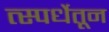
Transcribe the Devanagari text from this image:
त्स्पर्धेतून